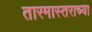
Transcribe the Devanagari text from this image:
तारमास्तराच्या